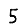
Digit: 5